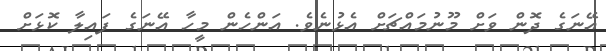
އޭނަގެ ދޮން ވަށް މޫނުމައްޗަށް އެޅުނެވެ. އަންހެން މީހާ އޭނަގެ ފައިލާ ކޮޅަށް